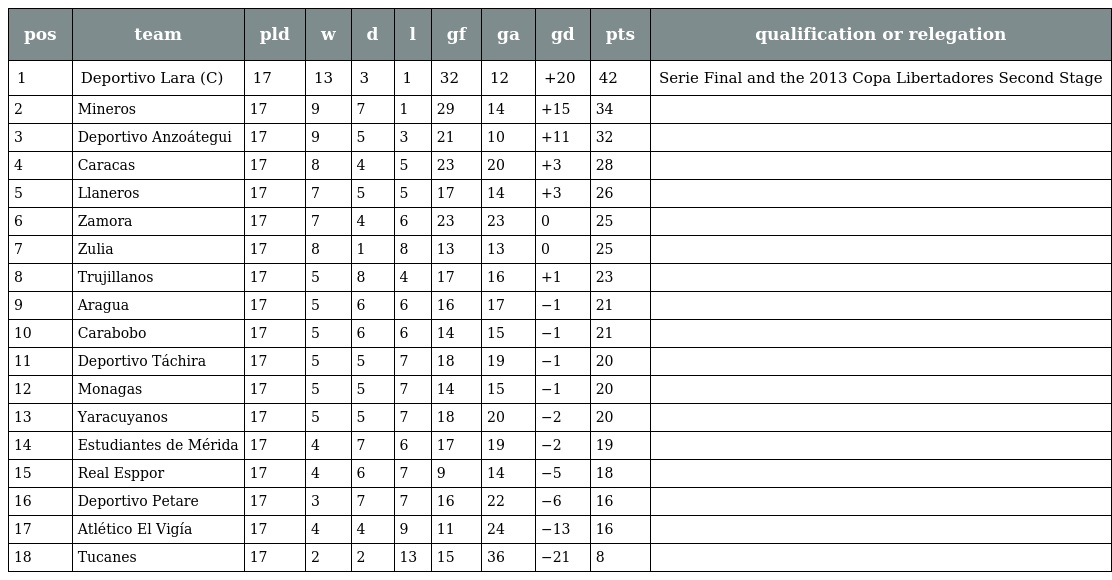
| pos | team | pld | w | d | l | gf | ga | gd | pts | qualification or relegation |
 | --- | --- | --- | --- | --- | --- | --- | --- | --- | --- | --- |
 | 1 | Deportivo Lara (C) | 17 | 13 | 3 | 1 | 32 | 12 | +20 | 42 | Serie Final and the 2013 Copa Libertadores Second Stage |
 | 2 | Mineros | 17 | 9 | 7 | 1 | 29 | 14 | +15 | 34 |  |
 | 3 | Deportivo Anzoátegui | 17 | 9 | 5 | 3 | 21 | 10 | +11 | 32 |  |
 | 4 | Caracas | 17 | 8 | 4 | 5 | 23 | 20 | +3 | 28 |  |
 | 5 | Llaneros | 17 | 7 | 5 | 5 | 17 | 14 | +3 | 26 |  |
 | 6 | Zamora | 17 | 7 | 4 | 6 | 23 | 23 | 0 | 25 |  |
 | 7 | Zulia | 17 | 8 | 1 | 8 | 13 | 13 | 0 | 25 |  |
 | 8 | Trujillanos | 17 | 5 | 8 | 4 | 17 | 16 | +1 | 23 |  |
 | 9 | Aragua | 17 | 5 | 6 | 6 | 16 | 17 | −1 | 21 |  |
 | 10 | Carabobo | 17 | 5 | 6 | 6 | 14 | 15 | −1 | 21 |  |
 | 11 | Deportivo Táchira | 17 | 5 | 5 | 7 | 18 | 19 | −1 | 20 |  |
 | 12 | Monagas | 17 | 5 | 5 | 7 | 14 | 15 | −1 | 20 |  |
 | 13 | Yaracuyanos | 17 | 5 | 5 | 7 | 18 | 20 | −2 | 20 |  |
 | 14 | Estudiantes de Mérida | 17 | 4 | 7 | 6 | 17 | 19 | −2 | 19 |  |
 | 15 | Real Esppor | 17 | 4 | 6 | 7 | 9 | 14 | −5 | 18 |  |
 | 16 | Deportivo Petare | 17 | 3 | 7 | 7 | 16 | 22 | −6 | 16 |  |
 | 17 | Atlético El Vigía | 17 | 4 | 4 | 9 | 11 | 24 | −13 | 16 |  |
 | 18 | Tucanes | 17 | 2 | 2 | 13 | 15 | 36 | −21 | 8 |  |